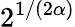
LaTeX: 2^{1/(2\alpha)}